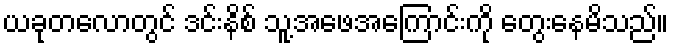
ယခုတလောတွင် ဒင်းနိစ် သူ့အဖေအကြောင်းကို တွေးနေမိသည်။